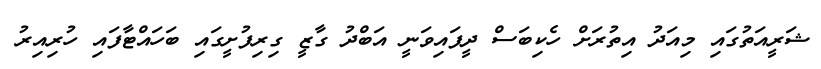
ޝަރީއަތުގައި މިއަދު އިތުރަށް ހެކިބަސް ދީފައިވަނީ އަބްދު ގާޒީ ގިރިފުށީގައި ބަހައްޓާފައި ހުރިއިރު